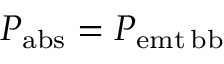
P _ { \mathrm { { a b s } } } = P _ { \mathrm { { e m t \, b b } } }